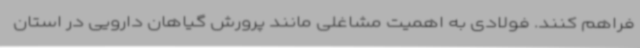
فراهم کنند. فولادی به اهمیت مشاغلی مانند پرورش گیاهان دارویی در استان